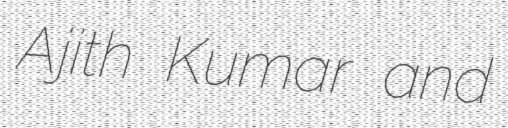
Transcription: Ajith Kumar and